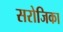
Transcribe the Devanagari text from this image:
सरोजिका